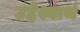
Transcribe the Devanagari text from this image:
उद्देश्यार्थ